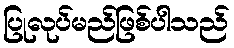
ပြုလုပ်မည်ဖြစ်ပါသည်